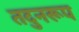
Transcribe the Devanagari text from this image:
तदुनरूप